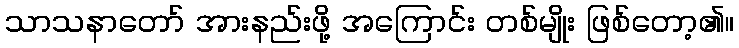
သာသနာတော် အားနည်းဖို့ အကြောင်း တစ်မျိုး ဖြစ်တော့၏။